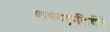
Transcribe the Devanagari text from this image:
वाक्यकृतिर्वेदे